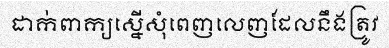
ដាក់ពាក្យស្នើសុំពេញលេញដែលនឹងត្រូវ